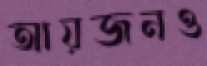
আয়জনও